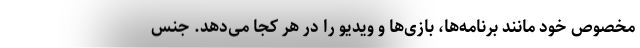
مخصوص خود مانند برنامه‌ها، بازی‌ها و ویدیو را در هر کجا می‌دهد. جنس